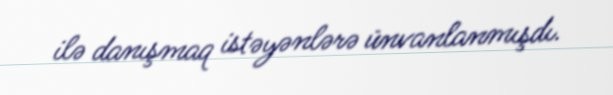
ilə danışmaq istəyənlərə ünvanlanmışdı.